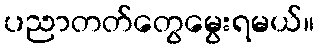
ပညာတတ်တွေမွေးရမယ်။